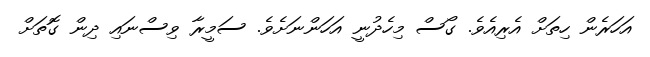
އަހަރެން ހިތަށް އެރިއެވެ. ގޯސް މިހެދުނީ އަހަންނަށެވެ. ސަމީރާ ވިސްނައި ދިން ގޮތަށް